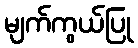
မျက်ကွယ်ပြု